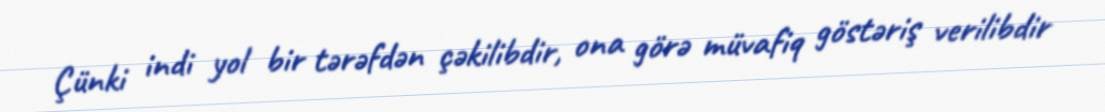
Çünki indi yol bir tərəfdən çəkilibdir, ona görə müvafiq göstəriş verilibdir